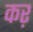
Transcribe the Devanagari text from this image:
कऱ